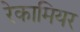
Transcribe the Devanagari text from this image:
रेकामियर